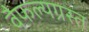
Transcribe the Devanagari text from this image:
वैफल्यग्रस्त